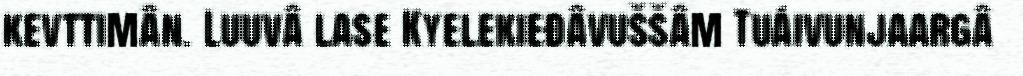
kevttimân. Luuvâ lase Kyelekieđâvuššâm Tuáivunjaargâ